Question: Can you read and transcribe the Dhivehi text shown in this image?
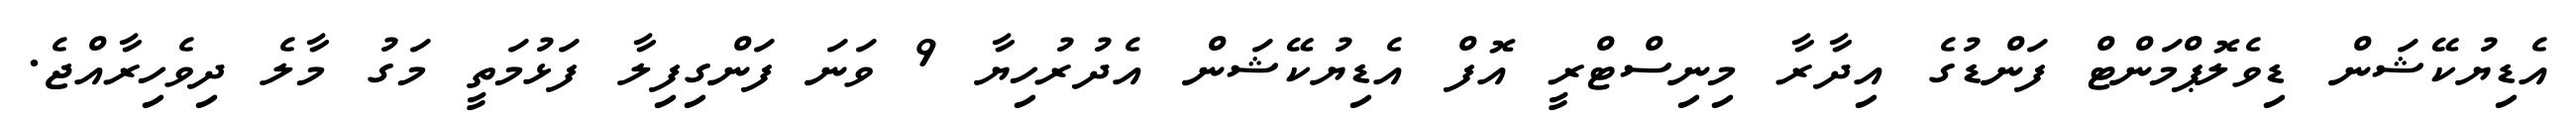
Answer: އެޑިޔުކޭޝަން ޑިވެލޮޕްމަންޓް ފަންޑުގެ އިދާރާ މިނިސްޓްރީ އޮފް އެޑިޔުކޭޝަން އެދުރުހިޔާ 9 ވަނަ ފަންގިފިލާ ފަޅުމަތީ މަގު މާލެ ދިވެހިރާއްޖެ.